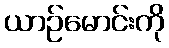
ယာဉ်မောင်းကို